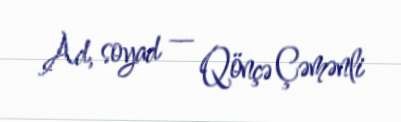
Ad, soyad — Qönçə Çəmənli